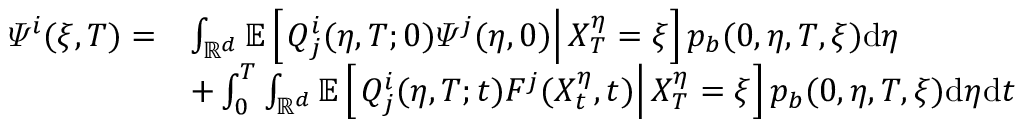
\begin{array} { r l } { \varPsi ^ { i } ( \xi , T ) = } & { \int _ { \mathbb { R } ^ { d } } \mathbb { E } \left[ \left. Q _ { j } ^ { i } ( \eta , T ; 0 ) \varPsi ^ { j } ( \eta , 0 ) \right| X _ { T } ^ { \eta } = \xi \right] p _ { b } ( 0 , \eta , T , \xi ) \mathrm { d } \eta } \\ & { + \int _ { 0 } ^ { T } \int _ { \mathbb { R } ^ { d } } \mathbb { E } \left[ \left. Q _ { j } ^ { i } ( \eta , T ; t ) F ^ { j } ( X _ { t } ^ { \eta } , t ) \right| X _ { T } ^ { \eta } = \xi \right] p _ { b } ( 0 , \eta , T , \xi ) \mathrm { d } \eta \mathrm { d } t } \end{array}